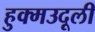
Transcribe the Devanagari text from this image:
हुक्मउदूली